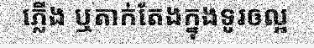
ភ្លើង ឬតាក់តែងក្នុងទូរឲល្អ